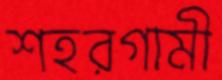
শহরগামী